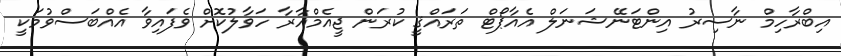
އިބްރާހިމް ނާސިރު އިންޓަނޭޝަނަލް އެއާޕޯޓް ތަރައްޤީ ކުރަން ޖީއެމްއާރާ ހަވާލުކޮށް ވެފައިވާ އެއްބަސްވުމަކީ